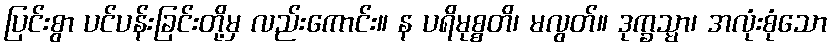
ပြင်းစွာ ပင်ပန်းခြင်းတို့မှ လည်းကောင်း။ န ပရိမုစ္စတိ၊ မလွတ်။ ဒုက္ခသ္မာ၊ အလုံးစုံသော